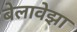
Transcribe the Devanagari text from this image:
बेलावेझा